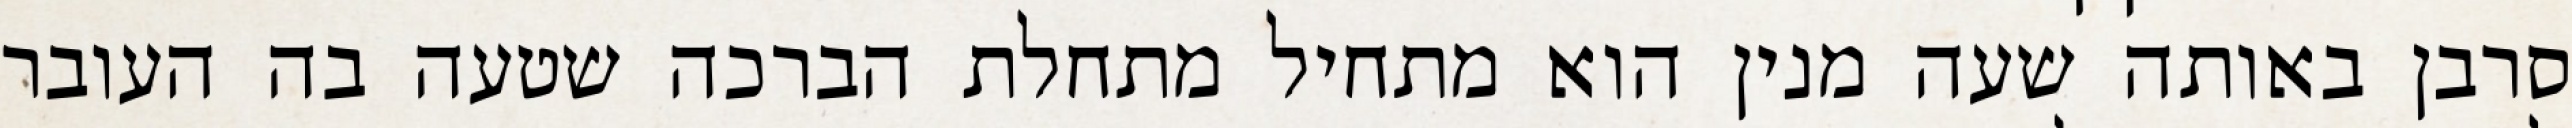
סרבן באותה שעה מנין הוא מתחיל מתחלת הברכה שטעה בה העובר